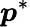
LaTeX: \boldsymbol{p}^{*}